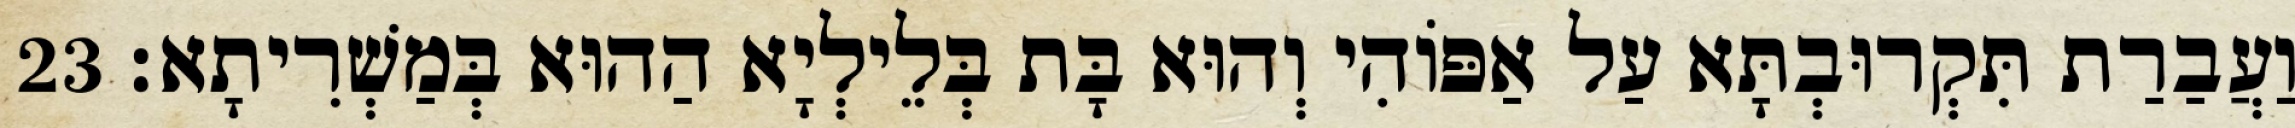
וַעֲבַרַת תִּקְרוּבְתָּא עַל אַפּוֹהִי וְהוּא בָּת בְּלֵילְיָא הַהוּא בְּמַשְׁרִיתָא׃ 23